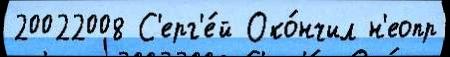
20022008 С'ерг'е́й Око́нчил н'еопр